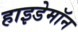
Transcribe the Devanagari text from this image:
हाइडेमॉन